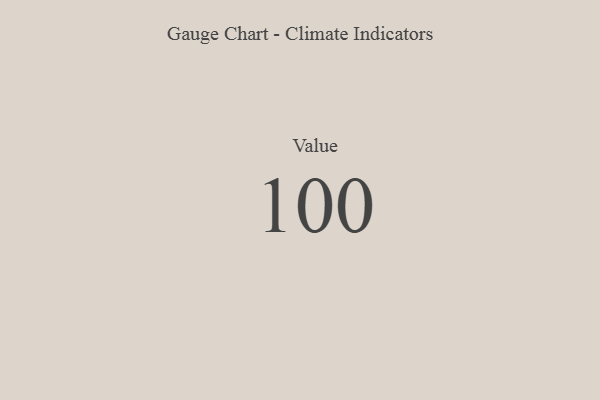
{"axis": {"x": "Metric", "y": "Value"}, "legend": [""], "data": [{"x": "Value", "y": 100, "type": ""}]}